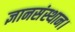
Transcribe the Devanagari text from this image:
ज्ञानसंस्थान।